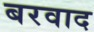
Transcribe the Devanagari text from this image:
बरवाद